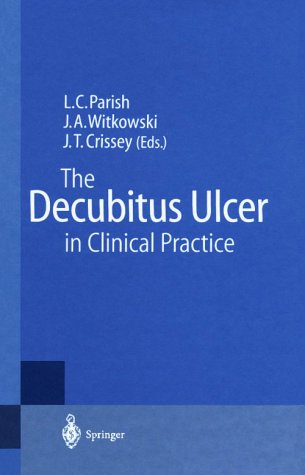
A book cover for The Decubitus Ulcer in Clinical Practice; Health, Fitness & Dieting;